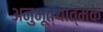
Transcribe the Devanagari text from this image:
अनुभूत्यात्मक